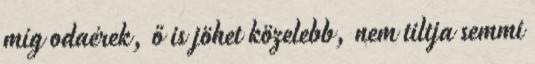
míg odaérek, ő is jöhet közelebb, nem tiltja semmi